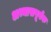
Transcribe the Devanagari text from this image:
अभ्यासपूर्वक